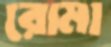
রোমা